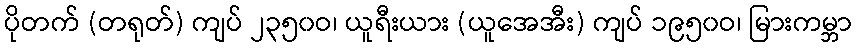
ပိုတက် (တရုတ်) ကျပ် ၂၃၅၀ဝ၊ ယူရီးယား (ယူအေအီး) ကျပ် ၁၉၅၀ဝ၊ မြားကမ္ဘာ